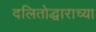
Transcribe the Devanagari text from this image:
दलितोद्धाराच्या